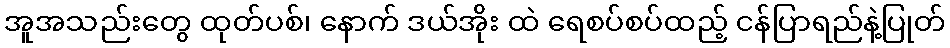
အူအသည်းတွေ ထုတ်ပစ်၊ နောက် ဒယ်အိုး ထဲ ရေစပ်စပ်ထည့် ငန်ပြာရည်နဲ့ပြုတ်